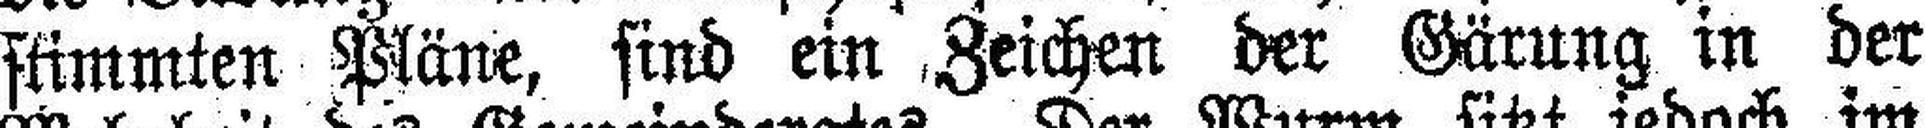
stimmten Pläne, sind ein Zeichen der Gärung in der